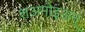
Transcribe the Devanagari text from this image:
शअमोइअन्